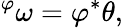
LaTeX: {}^{\varphi}\omega=\varphi^{*}\theta,